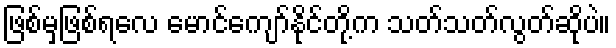
ဖြစ်မှဖြစ်ရလေ မောင်ကျော်နိုင်တို့က သတ်သတ်လွတ်ဆိုပဲ။